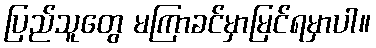
ပြည်သူတွေ မကြာခင်မှာမြင်ရမှာပါ။